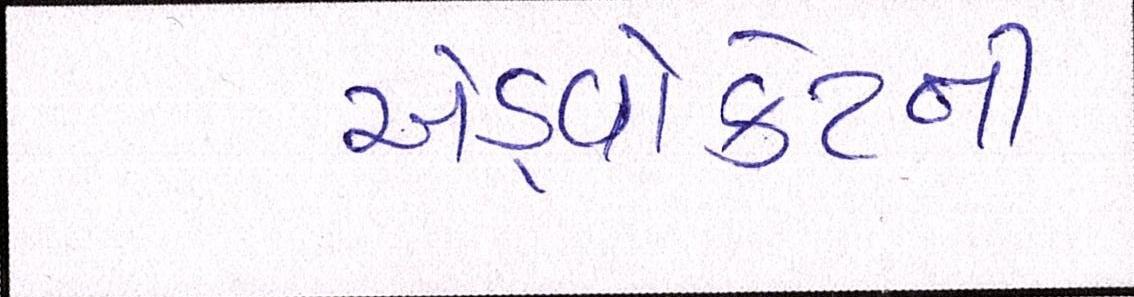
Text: એડ્વોકેટની